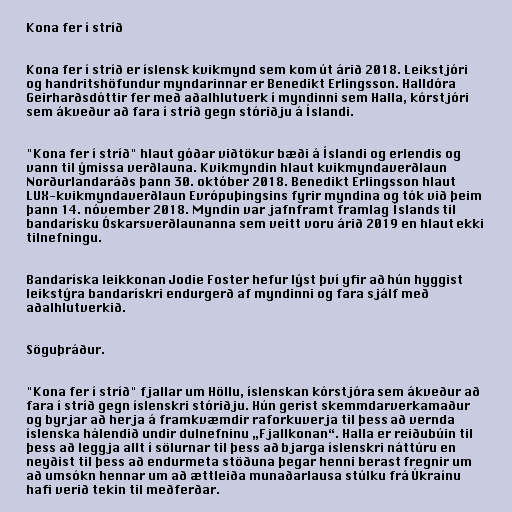
Kona fer í stríð

Kona fer í stríð er íslensk kvikmynd sem kom út árið 2018. Leikstjóri
og handritshöfundur myndarinnar er Benedikt Erlingsson. Halldóra
Geirharðsdóttir fer með aðalhlutverk í myndinni sem Halla, kórstjóri
sem ákveður að fara í stríð gegn stóriðju á Íslandi.

"Kona fer í stríð" hlaut góðar viðtökur bæði á Íslandi og erlendis og
vann til ýmissa verðlauna. Kvikmyndin hlaut kvikmyndaverðlaun
Norðurlandaráðs þann 30. október 2018. Benedikt Erlingsson hlaut
LUX-kvikmyndaverðlaun Evrópuþingsins fyrir myndina og tók við þeim
þann 14. nóvember 2018. Myndin var jafnframt framlag Íslands til
bandarísku Óskarsverðlaunanna sem veitt voru árið 2019 en hlaut ekki
tilnefningu.

Bandaríska leikkonan Jodie Foster hefur lýst því yfir að hún hyggist
leikstýra bandarískri endurgerð af myndinni og fara sjálf með
aðalhlutverkið.

Söguþráður.

"Kona fer í stríð" fjallar um Höllu, íslenskan kórstjóra sem ákveður að
fara í stríð gegn íslenskri stóriðju. Hún gerist skemmdarverkamaður
og byrjar að herja á framkvæmdir raforkuverja til þess að vernda
íslenska hálendið undir dulnefninu „Fjallkonan“. Halla er reiðubúin til
þess að leggja allt í sölurnar til þess að bjarga íslenskri náttúru en
neyðist til þess að endurmeta stöðuna þegar henni berast fregnir um
að umsókn hennar um að ættleiða munaðarlausa stúlku frá Úkraínu
hafi verið tekin til meðferðar.